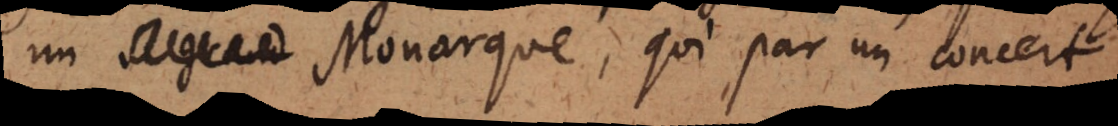
grand Monarque, qui par un concert